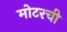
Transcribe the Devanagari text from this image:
मोटरची